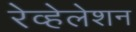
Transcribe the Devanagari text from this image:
रेव्हेलेशन